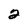
Character: 2